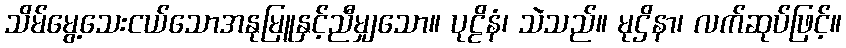
သိမ်မွေ့သေးငယ်သောအနုမြူနှင့်ညီမျှသော။ ပုဠိနံ၊ သဲသည်။ မုဌိနာ၊ လက်ဆုပ်ဖြင့်။